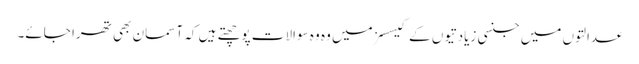
عدالتوں میں جنسی زیادتیوں کے کیسسز میں وہ وہ سوالات پوچھتے ہیں کہ آسمان بھی تھرا جائے۔